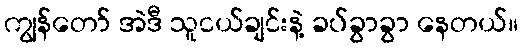
ကျွန်တော် အဲဒီ သူငယ်ချင်းနဲ့ ခပ်ခွာခွာ နေတယ်။